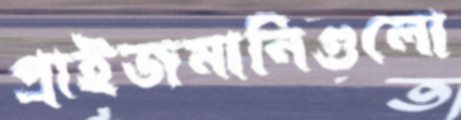
প্রাইজমানিগুলো